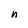
Character: n